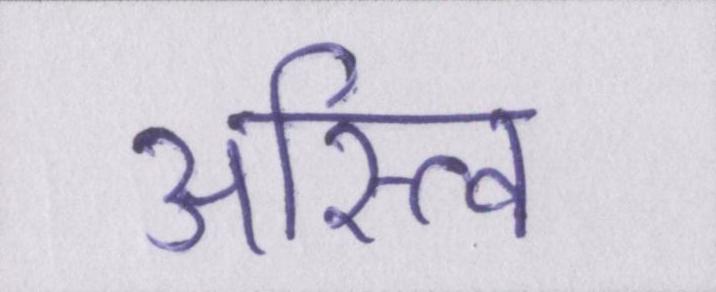
अस्त्वि